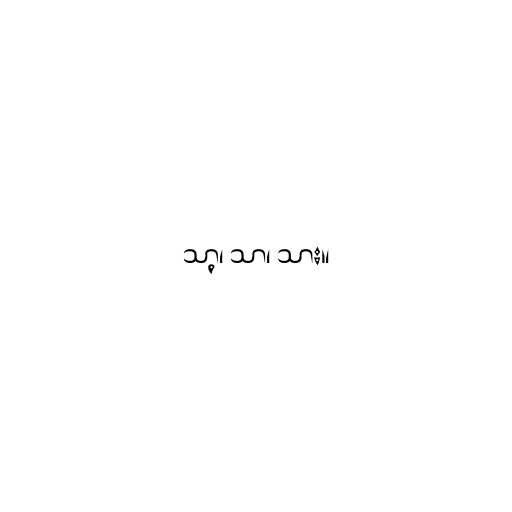
သာ့၊ သာ၊ သား။